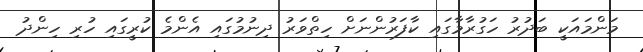
މަންމައަކީ ބަދުރު ހަގުރާމާގައި ކާފަރުންނަށް ހިތްވަރު ދިނުމުގައި އެންމެ ކުރީގައި ހުރި ހިންދު